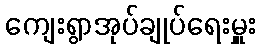
ကျေးရွာအုပ်ချုပ်ရေးမှူး